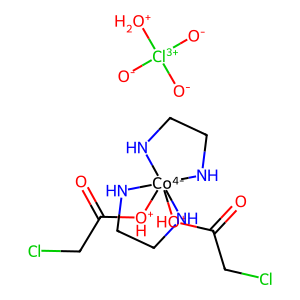
SMILES: O=C(CCl)[OH+][Co-4]12([OH+]C(=O)CCl)(NCCN1)NCCN2.[O-][Cl+3]([O-])([O-])[OH2+]
Inhibits HIV replication: No